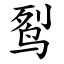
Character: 䴕